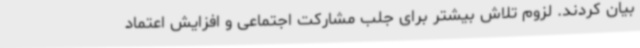
بیان کردند. لزوم تلاش بیشتر برای جلب مشارکت اجتماعی و افزایش اعتماد